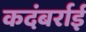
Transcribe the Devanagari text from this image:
कदंबर्राई